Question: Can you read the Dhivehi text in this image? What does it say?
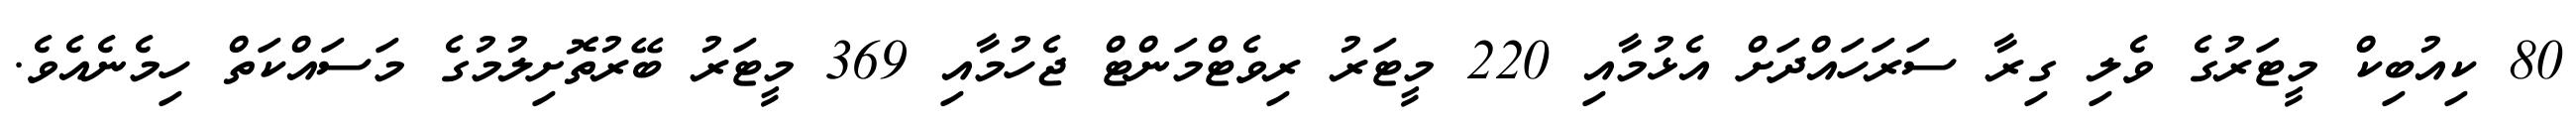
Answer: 80 ކިއުބިކް މީޓަރުގެ ވެލި ގިރާ ސަރަހައްދަށް އެޅުމާއި 220 މީޓަރު ރިވެޓްމަންޓް ޖެހުމާއި 369 މީޓަރު ބޭރުތޮށިލުމުގެ މަސައްކަތް ހިމެނެއެވެ.